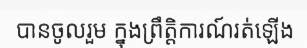
បានចូលរួម ក្នុងព្រឹត្តិការណ៍រត់ឡើង